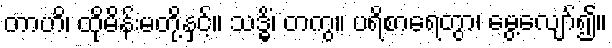
တာဟိ၊ ထိုမိန်းမတို့နှင့်။ သဒ္ဓိံ၊ တကွ။ ပရိစာရေတွာ၊ မွေ့လျော်၍။